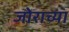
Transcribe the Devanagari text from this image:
जोराच्या